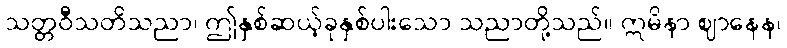
သတ္တဝီသတိသညာ၊ ဤနှစ်ဆယ့်ခုနှစ်ပါးသော သညာတို့သည်။ ဣမိနာ ဈာနေန၊